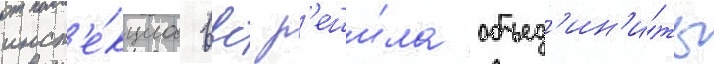
инсп'е́кциа ввс р'еши́ла объед'ин'и́ть